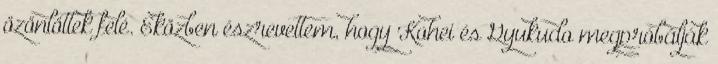
özönlöttek felé. Eközben észrevettem, hogy Kohei és Gyukudo megpróbálják